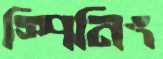
স্পিনিং